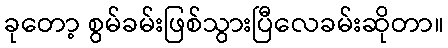
ခုတော့ စွမ်ခမ်းဖြစ်သွားပြီလေခမ်းဆိုတာ။